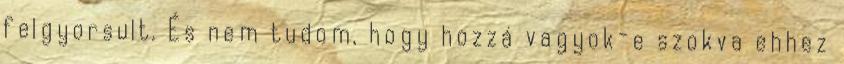
felgyorsult. És nem tudom, hogy hozzá vagyok-e szokva ehhez